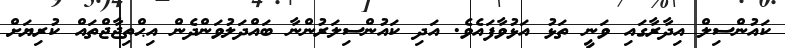
ކައުންސިލް އިދާރާގައި ވަނީ ތަޅު އަޅުވާފައެވެ. އަދި ކައުންސިލަރުންނާ ބައްދަލުވަންދެން އިޙްތިޖާޖްތައް ކުރިޔަށް